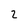
Character: 2